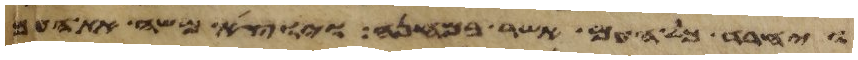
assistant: ויחרד כל העם אשר במחנה ויוצא משה את העם